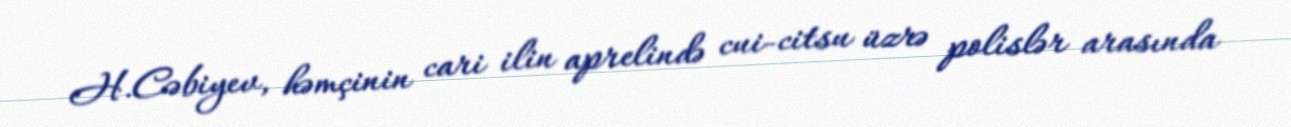
H.Cəbiyev, həmçinin cari ilin aprelində cui-citsu üzrə polislər arasında